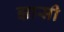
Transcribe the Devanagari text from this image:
झासी